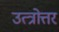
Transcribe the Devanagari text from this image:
उत्त्रोत्तर